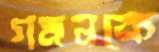
গমনকে